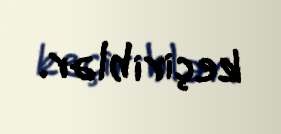
keçiriblər.